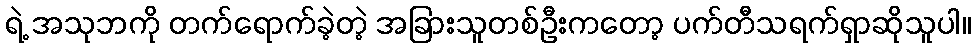
ရဲ့ အသုဘကို တက်ရောက်ခဲ့တဲ့ အခြားသူတစ်ဦးကတော့ ပက်တီသရက်ရှာဆိုသူပါ။